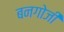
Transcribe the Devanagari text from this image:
बनगोजी